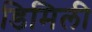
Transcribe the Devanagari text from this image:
डिमिली